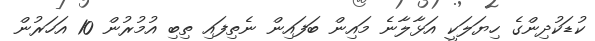
ކުޑަކުދިންގެ ހިޔަލަކީ އަޅާލާނެ މައިން ބަފައިން ނެތިފައި ތިބި އުމުރުން 10 އަހަރުން